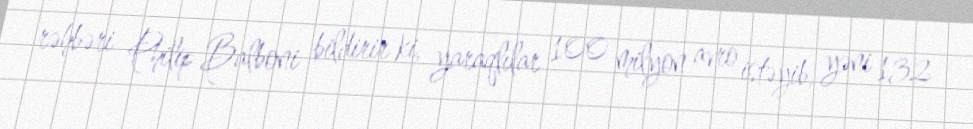
rəhbəri Philip Balboni bildirir ki, yaraqlılar 100 milyon avro istəyib, yəni 132